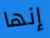
إنها